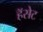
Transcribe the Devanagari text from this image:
हॅसेट